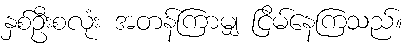
နှစ်ဦးစလုံး အတန်ကြာမျှ ငြိမ်နေကြသည်။